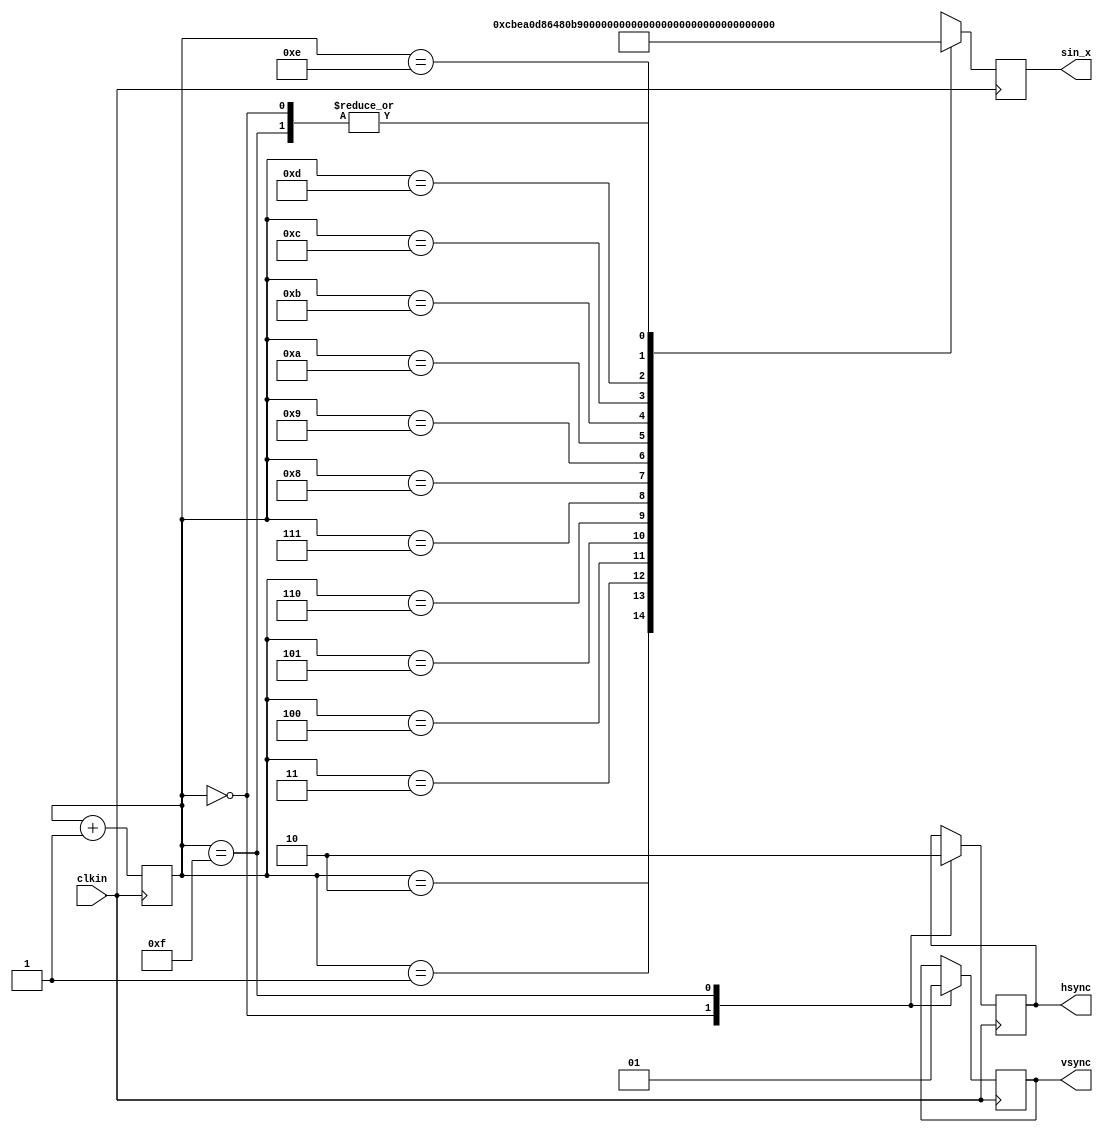
module SIN_Lut
(
    input clkin,
    output [11:0] sin_x,
    output vsync,
    output hsync
);


reg [3:0] counter;
reg [11:0] buffer;
reg vsync_buffer = 1'b1;
reg hsync_buffer = 1'b0;

assign sin_x = buffer;
assign vsync = vsync_buffer;
assign hsync = hsync_buffer;
always @ (negedge clkin) begin
    case (counter)
      0: begin
            vsync_buffer <= 1'b0;
            hsync_buffer <= 1'b1;
            buffer <= 12'hffff;
         end
      1: buffer <= 12'hfcbe;
      2: buffer <= 12'hfa0d;
      3: buffer <= 12'hf864;
      
      4: buffer <= 12'hf80b;
      5: buffer <= 12'hf912;
      6: buffer <= 12'hfb4b;
      7: buffer <= 12'hfe55;
      
      8: buffer <= 12'h01a8;
      9: buffer <= 12'h04b2;
      10: buffer <= 12'h06eb;
      11: buffer <= 12'h07f2;

      12: buffer <= 12'h0799;
      13: buffer <= 12'h05f0;
      14: buffer <= 12'h033f;
      15: begin
            vsync_buffer <= 1'b1;
            hsync_buffer <= 1'b0;
            buffer <= 12'hffff;
          end
    endcase      

    counter <= counter + 1;
end
endmodule